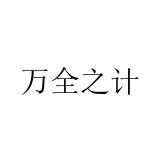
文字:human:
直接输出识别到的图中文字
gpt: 万全之计